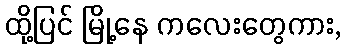
ထို့ပြင် မြို့နေ ကလေးတွေကား,